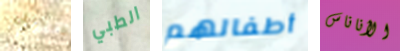
التالى الطبي أطفالهم الأناناس